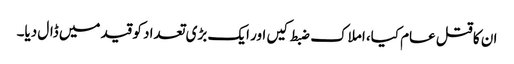
ان کا قتل عام کیا، املاک ضبط کیں اور ایک بڑی تعداد کو قید میں ڈال دیا۔